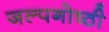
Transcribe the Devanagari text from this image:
जल्पगोष्ठी